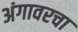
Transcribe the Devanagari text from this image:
अंगावरचा